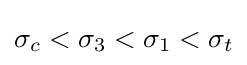
\sigma _{c}<\sigma _{3}<\sigma _{1}<\sigma _{t}